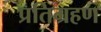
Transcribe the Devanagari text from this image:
प्रतिग्रहण